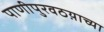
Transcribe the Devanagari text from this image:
पाणीपुरवठय़ाच्या